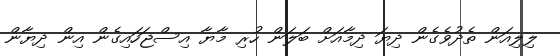
ލިލިއަން ތެދުވެގެން ދިޔަ ދިމާއަށް ބަލަން ހުރި މާޔާ އިސްޖަހައިގެން އިން ދިޔާން